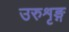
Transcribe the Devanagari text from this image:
उरुशृङ्ग